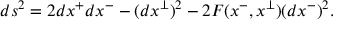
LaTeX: d s ^ { 2 } = 2 d x ^ { + } d x ^ { - } - ( d x ^ { \perp } ) ^ { 2 } - 2 F ( x ^ { - } , x ^ { \perp } ) ( d x ^ { - } ) ^ { 2 } .